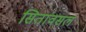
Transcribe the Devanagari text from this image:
सितांवसल